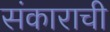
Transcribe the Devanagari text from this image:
संकाराची